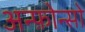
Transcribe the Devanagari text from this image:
अन्फ़ोन्सो